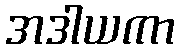
အဒါယကာ